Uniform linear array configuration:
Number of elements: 48
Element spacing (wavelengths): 0.75
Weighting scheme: blackman
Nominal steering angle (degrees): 0
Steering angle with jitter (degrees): -0.08917
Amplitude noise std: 0.05
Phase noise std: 0.05

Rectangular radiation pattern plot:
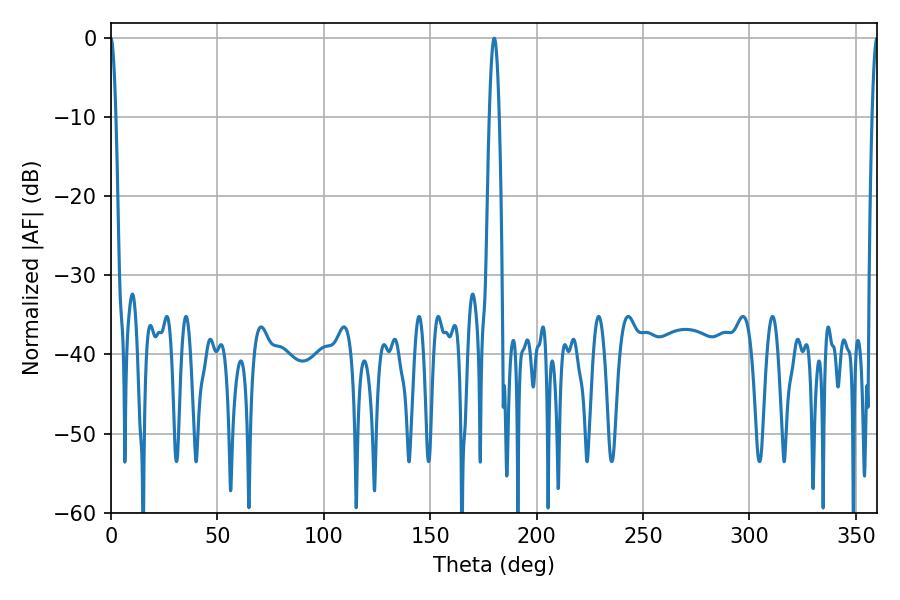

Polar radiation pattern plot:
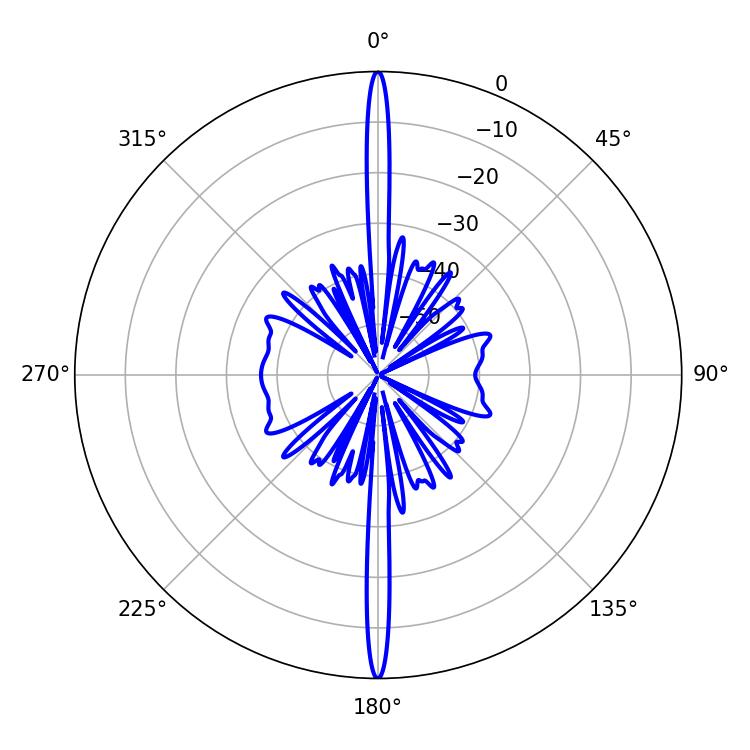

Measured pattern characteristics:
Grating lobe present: TRUE
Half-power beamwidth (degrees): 1.26
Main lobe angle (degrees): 360